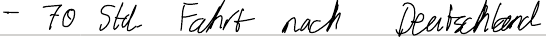
- 70 Std. Fahrt nach Deutschland